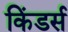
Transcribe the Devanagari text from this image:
किंडर्स